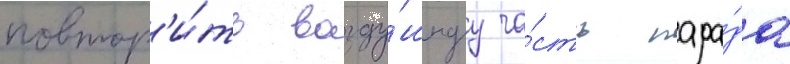
повтор'и́ть возду́шнуу ча́сть пара́да